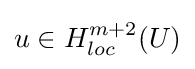
u\in H_{loc}^{m+2}(U)